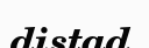
distad